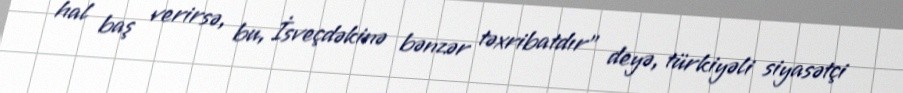
hal baş verirsə, bu, İsveçdəkinə bənzər təxribatdır" deyə, türkiyəli siyasətçi